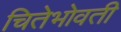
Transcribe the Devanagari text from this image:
चितेभोवती